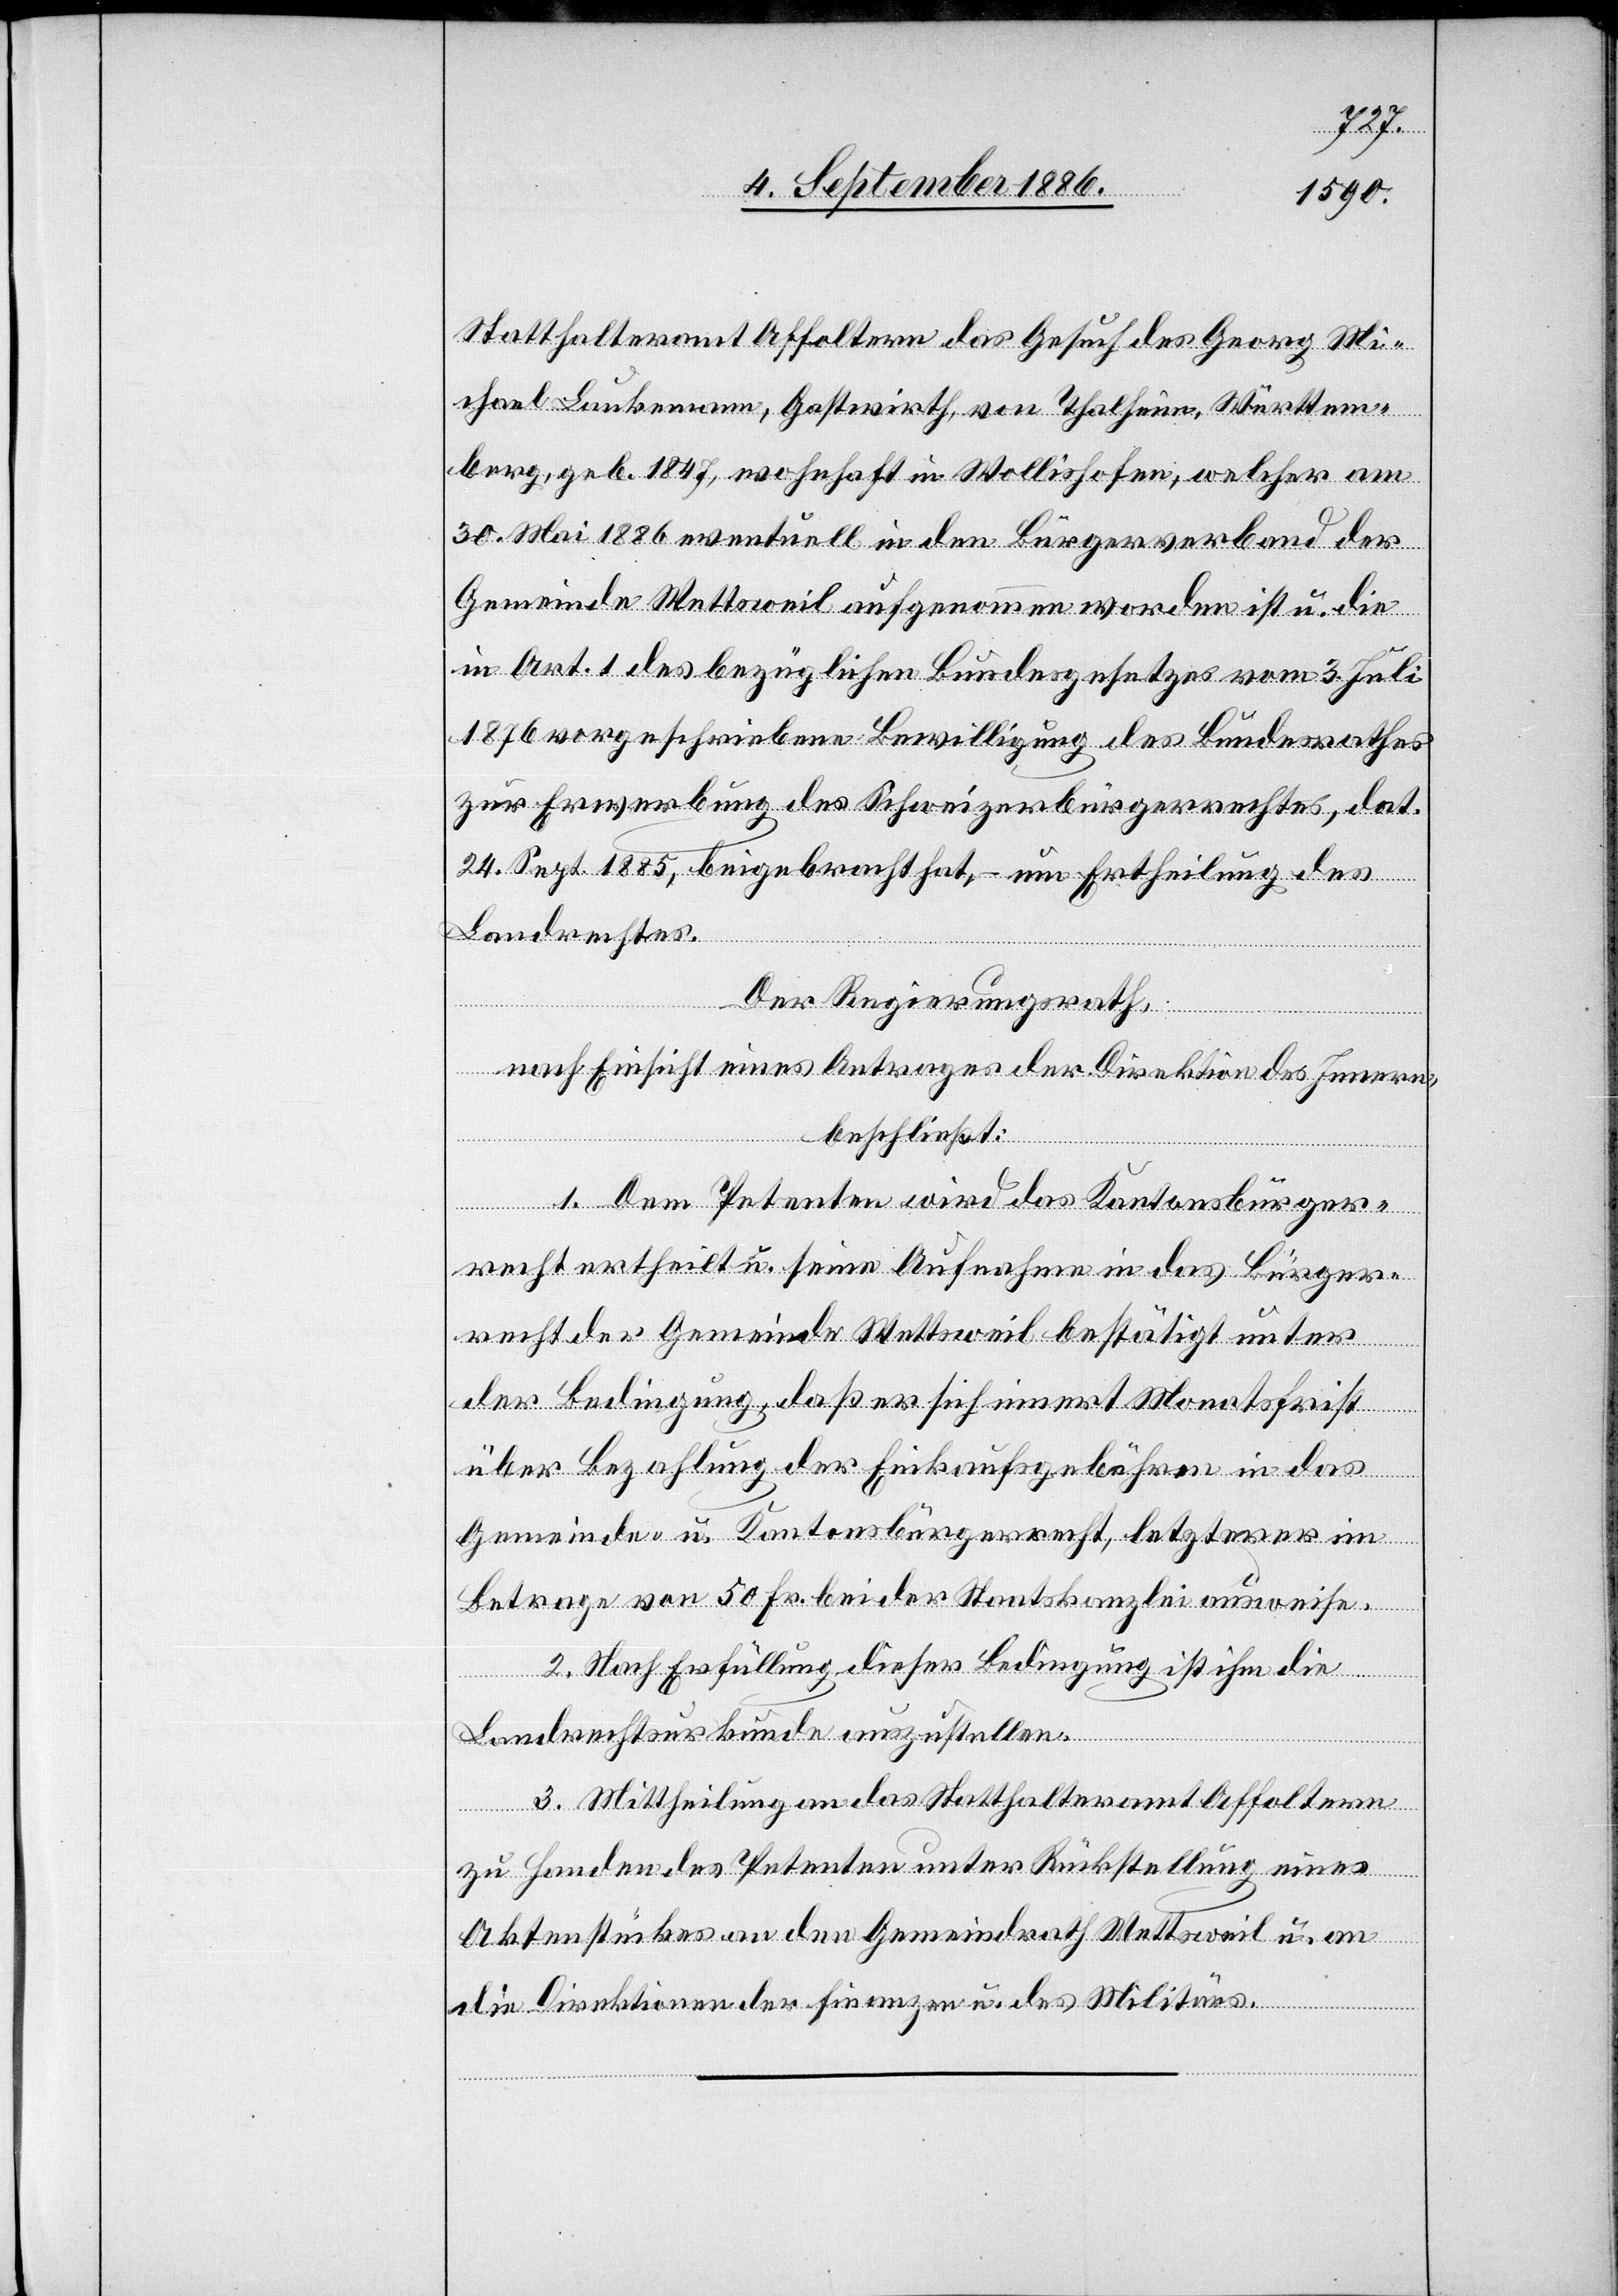
Statthalteramt Affoltern das Gesuch des Georg Mi¬
chael Laukemann, Gastwirth, von Thalheim, Württem¬
berg, geb. 1847, wohnhaft in Wollishofen, welcher am
30. Mai 1886 eventuell in den Bürgerverband der
Gemeinde Wettsweil aufgenommen worden ist u. die
in Art. 1 des bezüglichen Bundesgesetzes vom 3. Juli
1876 vorgeschriebene Bewilligung des Bundesrathes
zur Erwerbung des Schweizerbürgerrechtes, dat.
24. Sept. 1885, beigebracht hat, – um Ertheilung des
Landrechtes.
Der Regierungsrath,
nach Einsicht eines Antrages der Direktion des Innern,
beschließt:
1. Dem Petenten wird das Kantonsbürger¬
recht ertheilt u. seine Aufnahme in das Bürger¬
recht der Gemeinde Wettsweil bestätigt unter
der Bedingung, daß er sich innert Monatsfrist
über Bezahlung der Einkaufsgebühren in das
Gemeinde- u. Kantonsbürgerrecht, letzterer im
Betrage von 50 Fr. bei der Staatskanzlei ausweise.
2. Nach Erfüllung dieser Bedingung ist ihm die
Landrechtsurkunde auszustellen.
3. Mittheilung an das Statthalteramt Affoltern
zu Handen des Petenten unter Rückstellung eines
Aktenstückes an den Gemeindrath Wettsweil u. an
die Direktionen der Finanzen u. des Militärs.